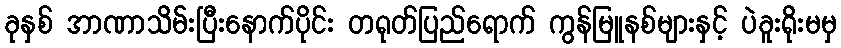
ခုနှစ် အာဏာသိမ်းပြီးနောက်ပိုင်း တရုတ်ပြည်ရောက် ကွန်မြူနစ်များနှင့် ပဲခူးရိုးမမှ